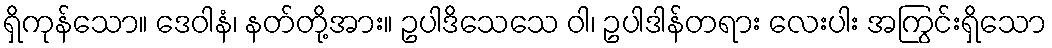
ရှိကုန်သော။ ဒေဝါနံ၊ နတ်တို့အား။ ဥပါဒိသေသေ ဝါ၊ ဥပါဒါန်တရား လေးပါး အကြွင်းရှိသော